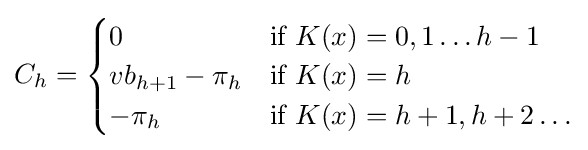
C_{h}={\begin{cases}0&{\mbox{if }}K(x)=0,1\dots h-1\\vb_{h+1}-\pi _{h}&{\mbox{if }}K(x)=h\\-\pi _{h}&{\mbox{if }}K(x)=h+1,h+2\dots \\\end{cases}}